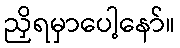
ညှိရမှာပေါ့နော်။